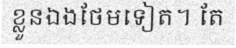
ខ្លួនឯងថែមទៀត។ តែ